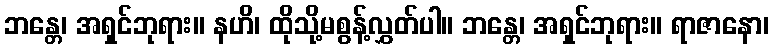
ဘန္တေ၊ အရှင်ဘုရား။ နဟိ၊ ထိုသို့မစွန့်လွှတ်ပါ။ ဘန္တေ၊ အရှင်ဘုရား။ ရာဇာနော၊